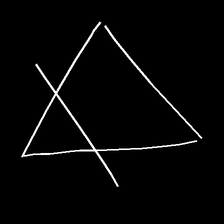
Glyph: empower